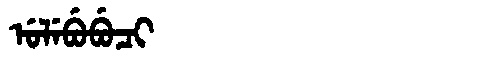
Manchu: ᡠᠯᡝᠪᡠᠪᡠᠴᡳ
Romanization: ULEBUBUCI